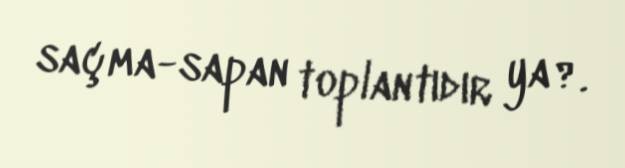
saçma-sapan toplantıdır ya?.